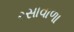
રસાવાળા